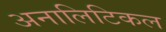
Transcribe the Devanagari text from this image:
अनालिटिकल